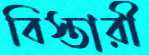
বিস্তারী